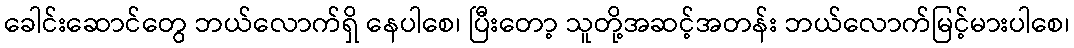
ခေါင်းဆောင်တွေ ဘယ်လောက်ရှိ နေပါစေ၊ ပြီးတော့ သူတို့အဆင့်အတန်း ဘယ်လောက်မြင့်မားပါစေ၊